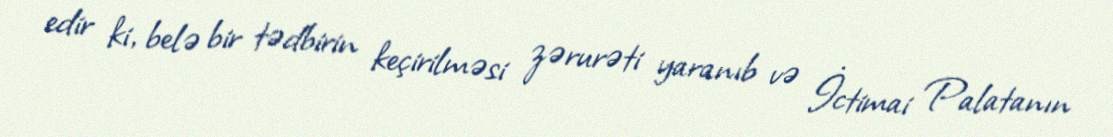
edir ki, belə bir tədbirin keçirilməsi zərurəti yaranıb və İctimai Palatanın